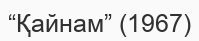
“Қайнам” (1967)